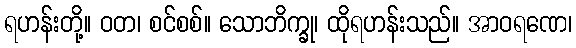
ရဟန်းတို့။ ဝတ၊ စင်စစ်။ သောဘိက္ခု၊ ထိုရဟန်းသည်။ အာဝရဏေ၊